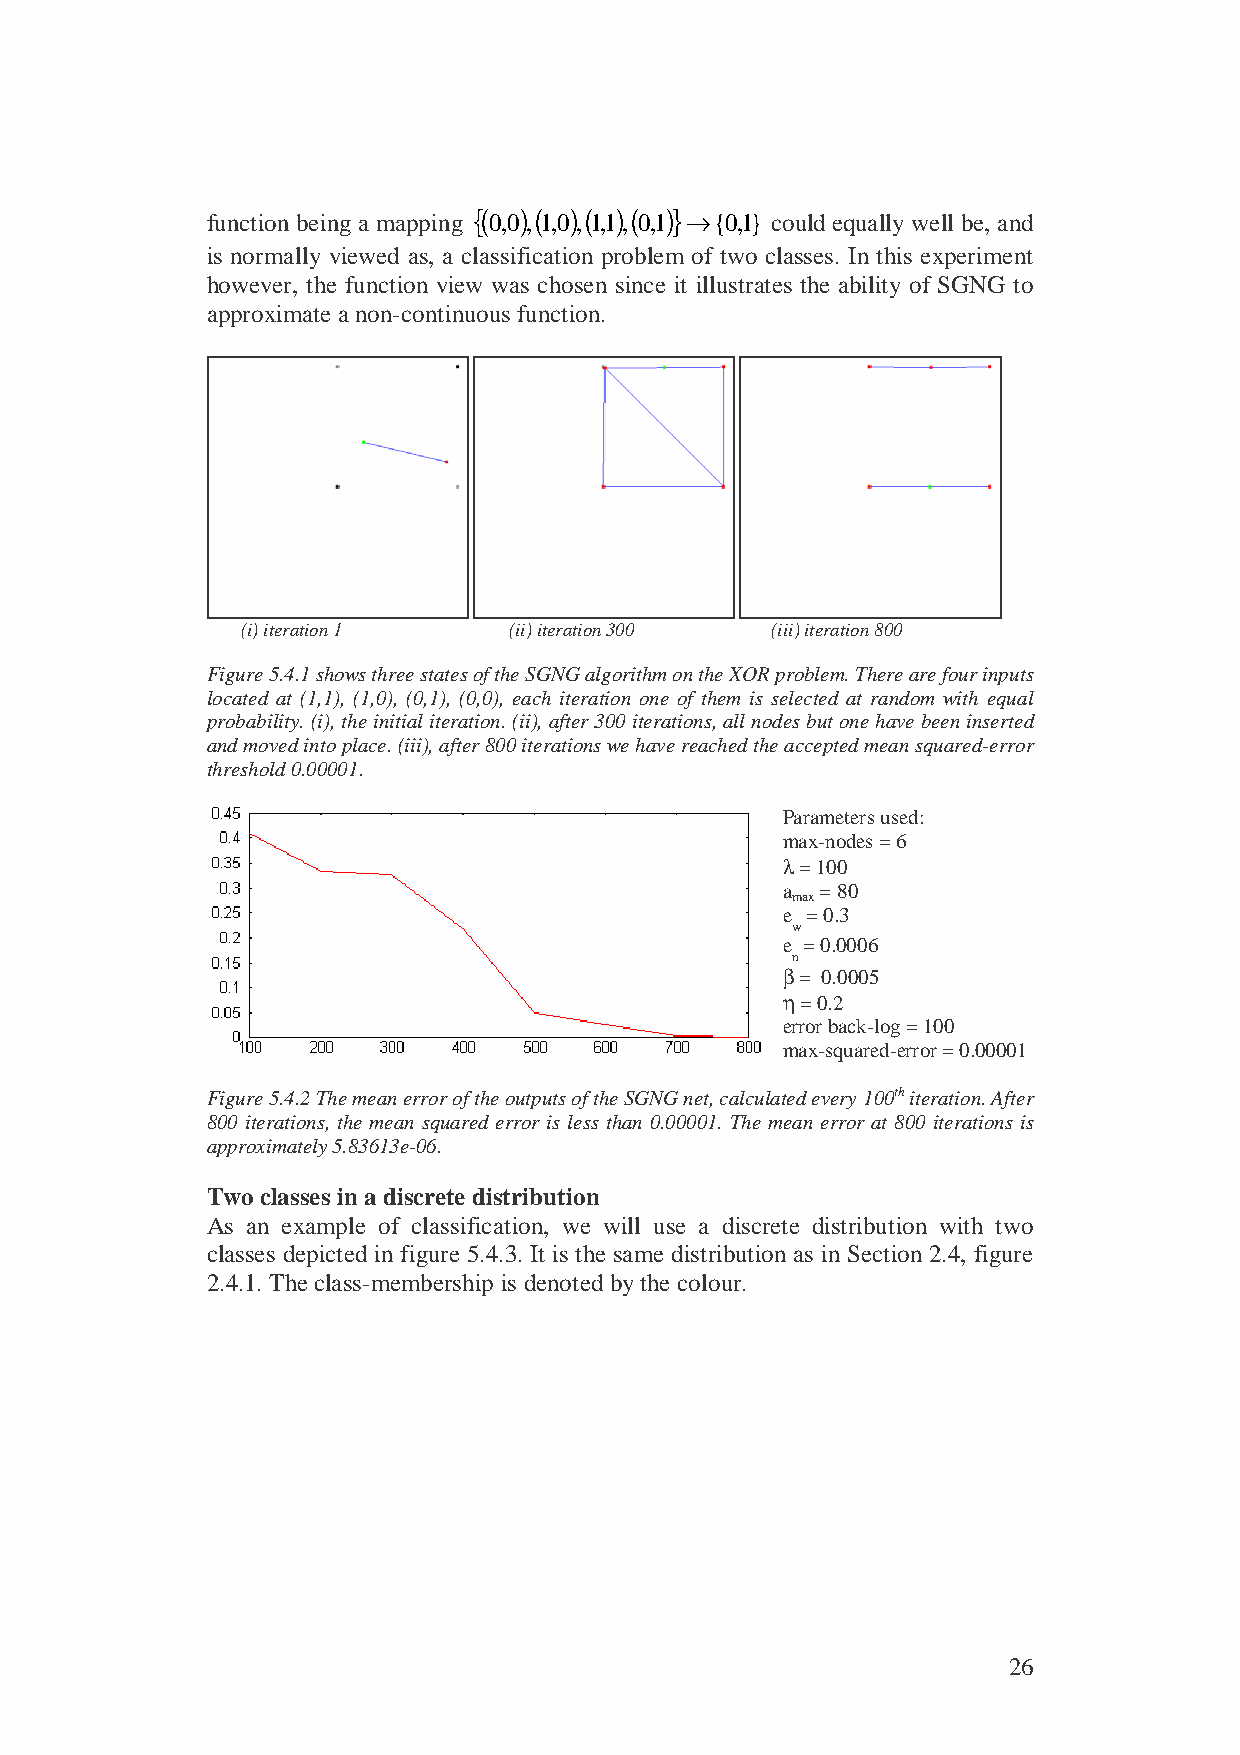
{( ) ( ) ( ) ( )}
 function being a mapping 0,0 , 1,0 , 1,1, 0,1 →{0,1} could equally well be, and
 is normally viewed as, a classification problem of two classes. In this experiment
 however, the function view was chosen since it illustrates the ability of SGNG to
 approximate a non-continuous function.
 (i) iteration 1   (ii) iteration 300 (iii) iteration 800
 Figure 5.4.1 shows three states of the SGNG algorithm on the XOR problem. There are four inputs
 located at (1,1), (1,0), (0,1), (0,0), each iteration one of them is selected at random with equal
 probability. (i), the initial iteration. (ii), after 300 iterations, all nodes but one have been inserted
 and moved into place. (iii), after 800 iterations we have reached the accepted mean squared-error
 threshold 0.00001.
 Parameters used:
 max-nodes = 6
 λ = 100
 a = 80
 max
 e = 0.3
 w
 e = 0.0006
 n
 β = 0.0005
 η = 0.2
 error back-log = 100
 max-squared-error = 0.00001
 Figure 5.4.2 The mean error of the outputs of the SGNG net, calculated every 100th iteration. After
 800 iterations, the mean squared error is less than 0.00001. The mean error at 800 iterations is
 approximately 5.83613e-06.
 Two classes in a discrete distribution
 As an example of classification, we will use a discrete distribution with two
 classes depicted in figure 5.4.3. It is the same distribution as in Section 2.4, figure
 2.4.1. The class-membership is denoted by the colour.
 26